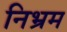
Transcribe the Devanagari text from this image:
निभ्रम